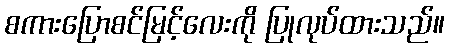
စကားပြောစင်မြင့်လေးကို ပြုလုပ်ထားသည်။